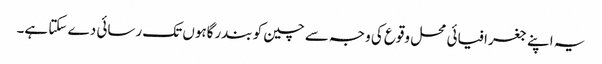
یہ اپنے جغرافیائی محل وقوع کی وجہ سے چین کو بندرگاہوں تک رسائی دے سکتا ہے۔